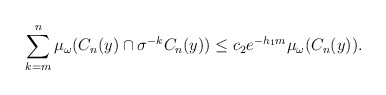
\begin{align*}\sum_{k=m}^{n}\mu_\omega(C_n(y)\cap \sigma^{-k}C_n(y))\le c_2 e^{-h_1 m}\mu_\omega(C_n(y)). \end{align*}